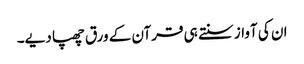
ان کی آواز سنتے ہی قرآن کے ورق چھپا دیے۔